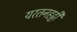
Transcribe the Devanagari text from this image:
यरतनहट्टी